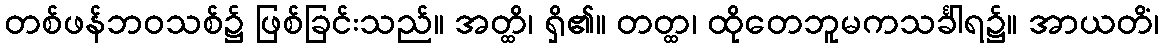
တစ်ဖန်ဘဝသစ်၌ ဖြစ်ခြင်းသည်။ အတ္ထိ၊ ရှိ၏။ တတ္ထ၊ ထိုတေဘူမကသင်္ခါရ၌။ အာယတိံ၊